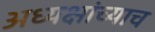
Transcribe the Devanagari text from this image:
अध्यक्षांच्याच